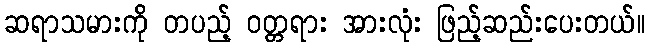
ဆရာသမားကို တပည့် ဝတ္တရား အားလုံး ဖြည့်ဆည်းပေးတယ်။